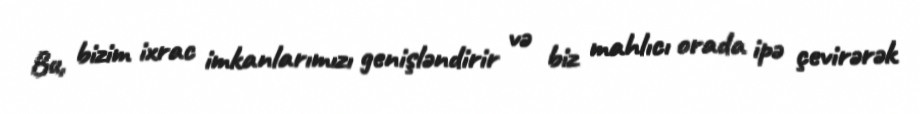
Bu, bizim ixrac imkanlarımızı genişləndirir və biz mahlıcı orada ipə çevirərək